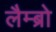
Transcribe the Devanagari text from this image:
लैम्ब्रो